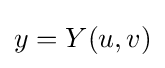
y=Y(u,v)